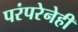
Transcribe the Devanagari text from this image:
परंपरेनेही